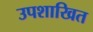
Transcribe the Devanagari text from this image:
उपशाखित